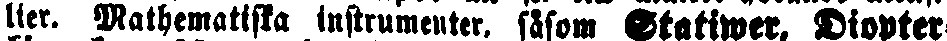
lier. Mathematiska instrumenter, såsom Statiwer, Diopter-